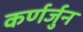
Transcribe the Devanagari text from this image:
कर्णर्जुन